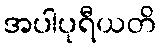
အပါပုရီယတိ